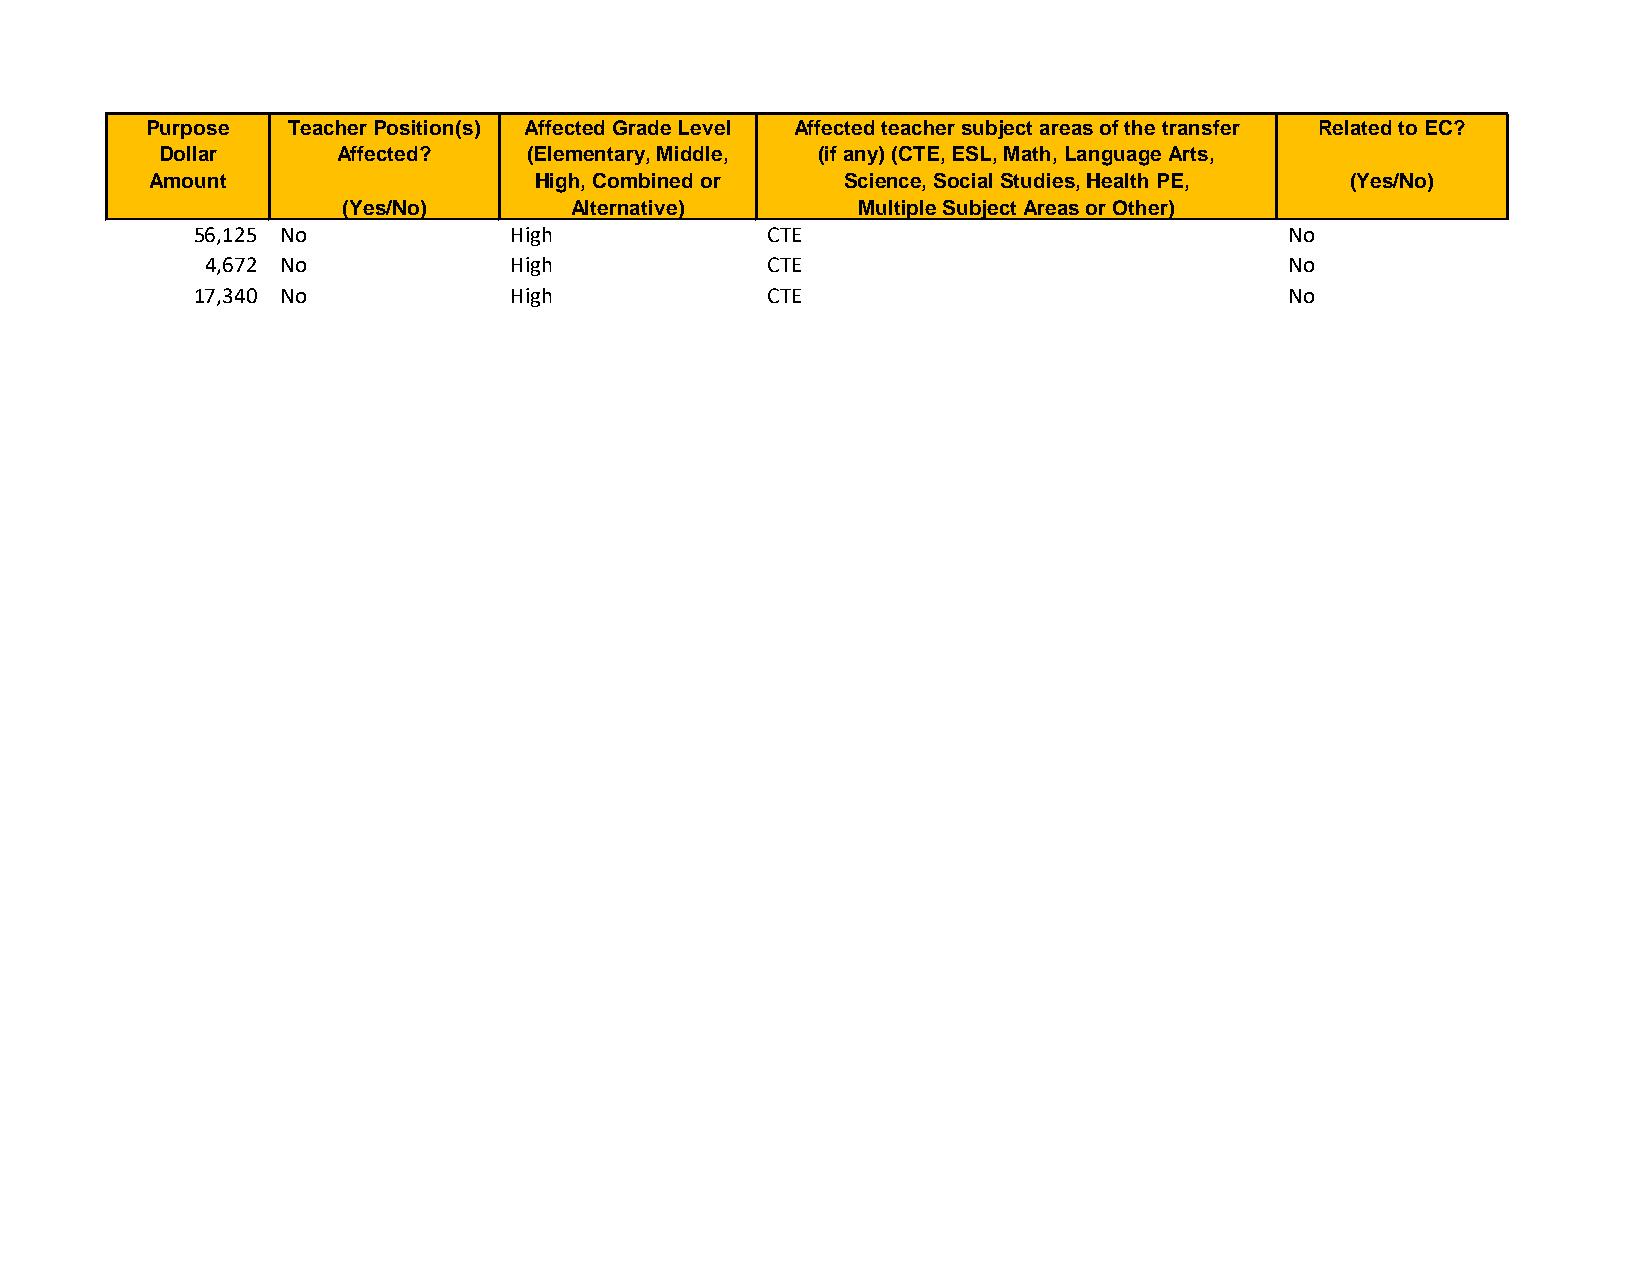
Purpose  Teacher Position(s) Affected Grade Level Affected teacher subject areas of the transfer Related to EC?
 Dollar      Affected?    (Elementary, Middle, (if any) (CTE, ESL, Math, Language Arts,
 Amount                   High, Combined or    Science, Social Studies, Health PE, (Yes/No)
 (Yes/No)       Alternative)       Multiple Subject Areas or Other)
 56,125 No            High             CTE                               No
 4,672 No            High             CTE                               No
 17,340 No            High             CTE                               No